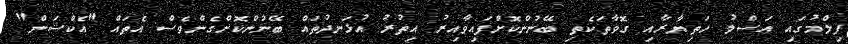
ފިލްމުގައި އަސްލު ހަތިޔާރާއި ގޮވާތަކެތި ބޭނުންކޮށްފައިވާއިރު އިތުރު އުޅަނދުތައް ބޭނުންކޮށްގެންވެސް އެތައް "އެކްޝަން"